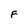
Character: F